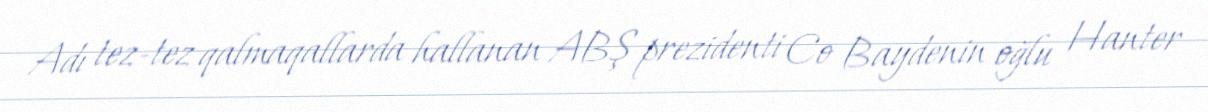
Adı tez-tez qalmaqallarda hallanan ABŞ prezidenti Co Baydenin oğlu Hanter